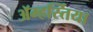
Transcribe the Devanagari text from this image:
ॲम्हर्स्तिया